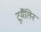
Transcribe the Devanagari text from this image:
टूर्मैलिन